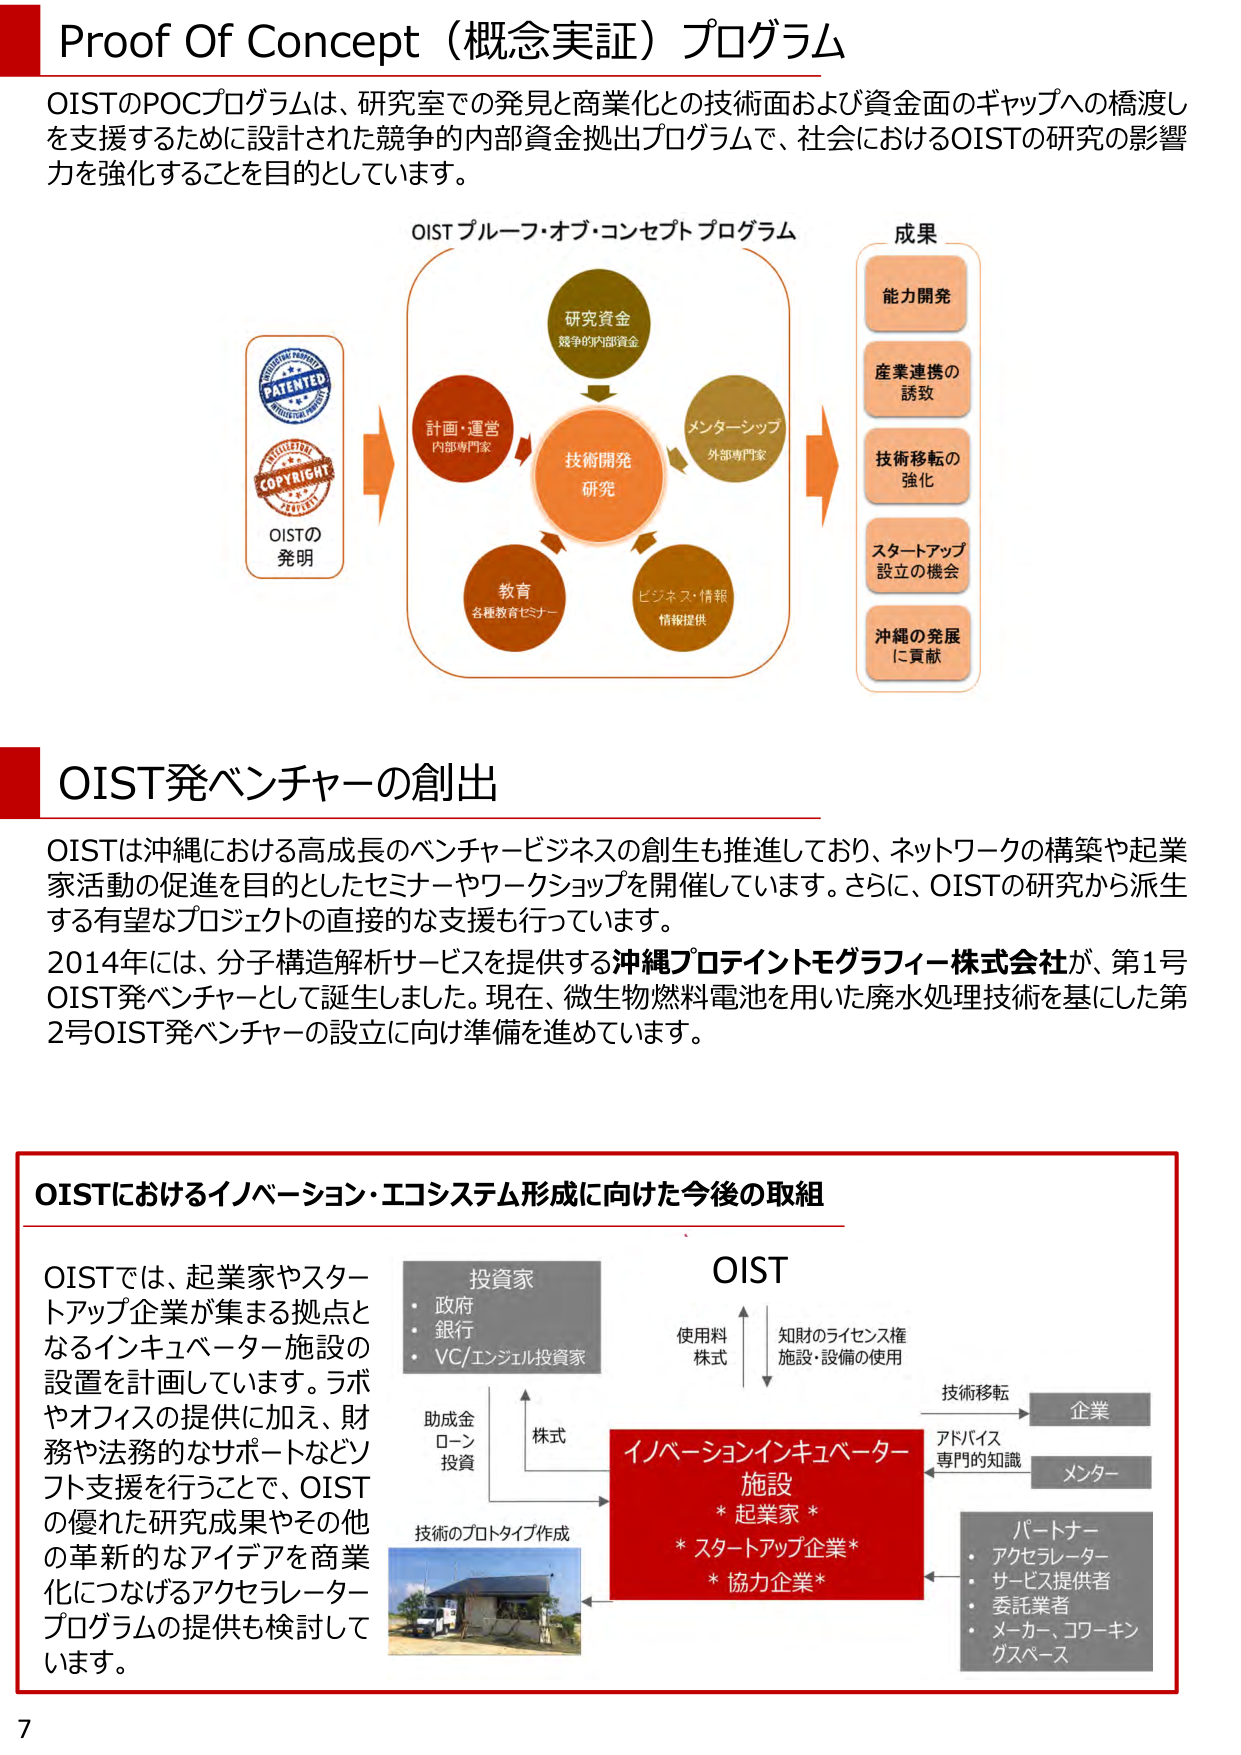
Proof Of Concept（概念実証）プログラム

OISTのPOCプログラムは、研究室での発見と商業化との技術面および資金面のギャップへの橋渡しを支援するために設計された競争的内部資金拠出プログラムで、社会におけるOISTの研究の影響力を強化することを目的としています。

OIST ブルーフ・オブ・コンセプト プログラム

研究資金
競争的内部資金

計画・運営
内部専門家

技術開発
研究

教育
各種教育セミナー

ビジネス・情報
情報提供

メンターシップ
外部専門家

成果

能力開発

産業連携の
誘致

技術移転の
強化

スタートアップ
設立の機会

沖縄の発展
に貢献

OISTの
発明

PATENTED
COPYRIGHT

OIST発ベンチャーの創出

OISTは沖縄における高成長のベンチャービジネスの創生も推進しており、ネットワークの構築や起業家活動の促進を目的としたセミナーやワークショップを開催しています。さらに、OISTの研究から派生する有望なプロジェクトの直接的な支援も行っています。

2014年には、分子構造解析サービスを提供する沖縄プロテイントモグラフィー株式会社が、第1号OIST発ベンチャーとして誕生しました。現在、微生物燃料電池を用いた廃水処理技術を基にした第2号OIST発ベンチャーの設立に向け準備を進めています。

OISTにおけるイノベーション・エコシステム形成に向けた今後の取組

OISTでは、起業家やスタートアップ企業が集まる拠点となるインキュベーター施設の設置を計画しています。ラボやオフィスの提供に加え、財務や法務的なサポートなどソフト支援を行うことで、OISTの優れた研究成果やその他の革新的なアイデアを商業化につなげるアクセラレータープログラムの提供も検討しています。

投資家
・政府
・銀行
・VC/エンジェル投資家

助成金
ローン
投資

技術のプロトタイプ作成

OIST

使用料
株式

知財のライセンス権
施設・設備の使用

イノベーションインキュベーター
施設
* 起業家 *
* スタートアップ企業*
* 協力企業*

技術移転

企業

アドバイス
専門的知識

メンター

パートナー
・アクセラレーター
・サービス提供者
・委託業者
・メーカー、コワーキングスペース

株式

7